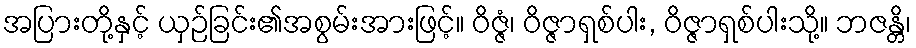
အပြားတို့နှင့် ယှဉ်ခြင်း၏အစွမ်းအားဖြင့်။ ဝိဇ္ဇံ၊ ဝိဇ္ဇာရှစ်ပါး, ဝိဇ္ဇာရှစ်ပါးသို့။ ဘဇန္တိ၊